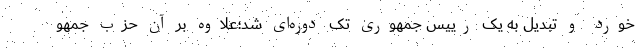
خورد و تبدیل به یک رییس جمهوری تک دوره‌ای شد؛علاوه بر آن حزب جمهو